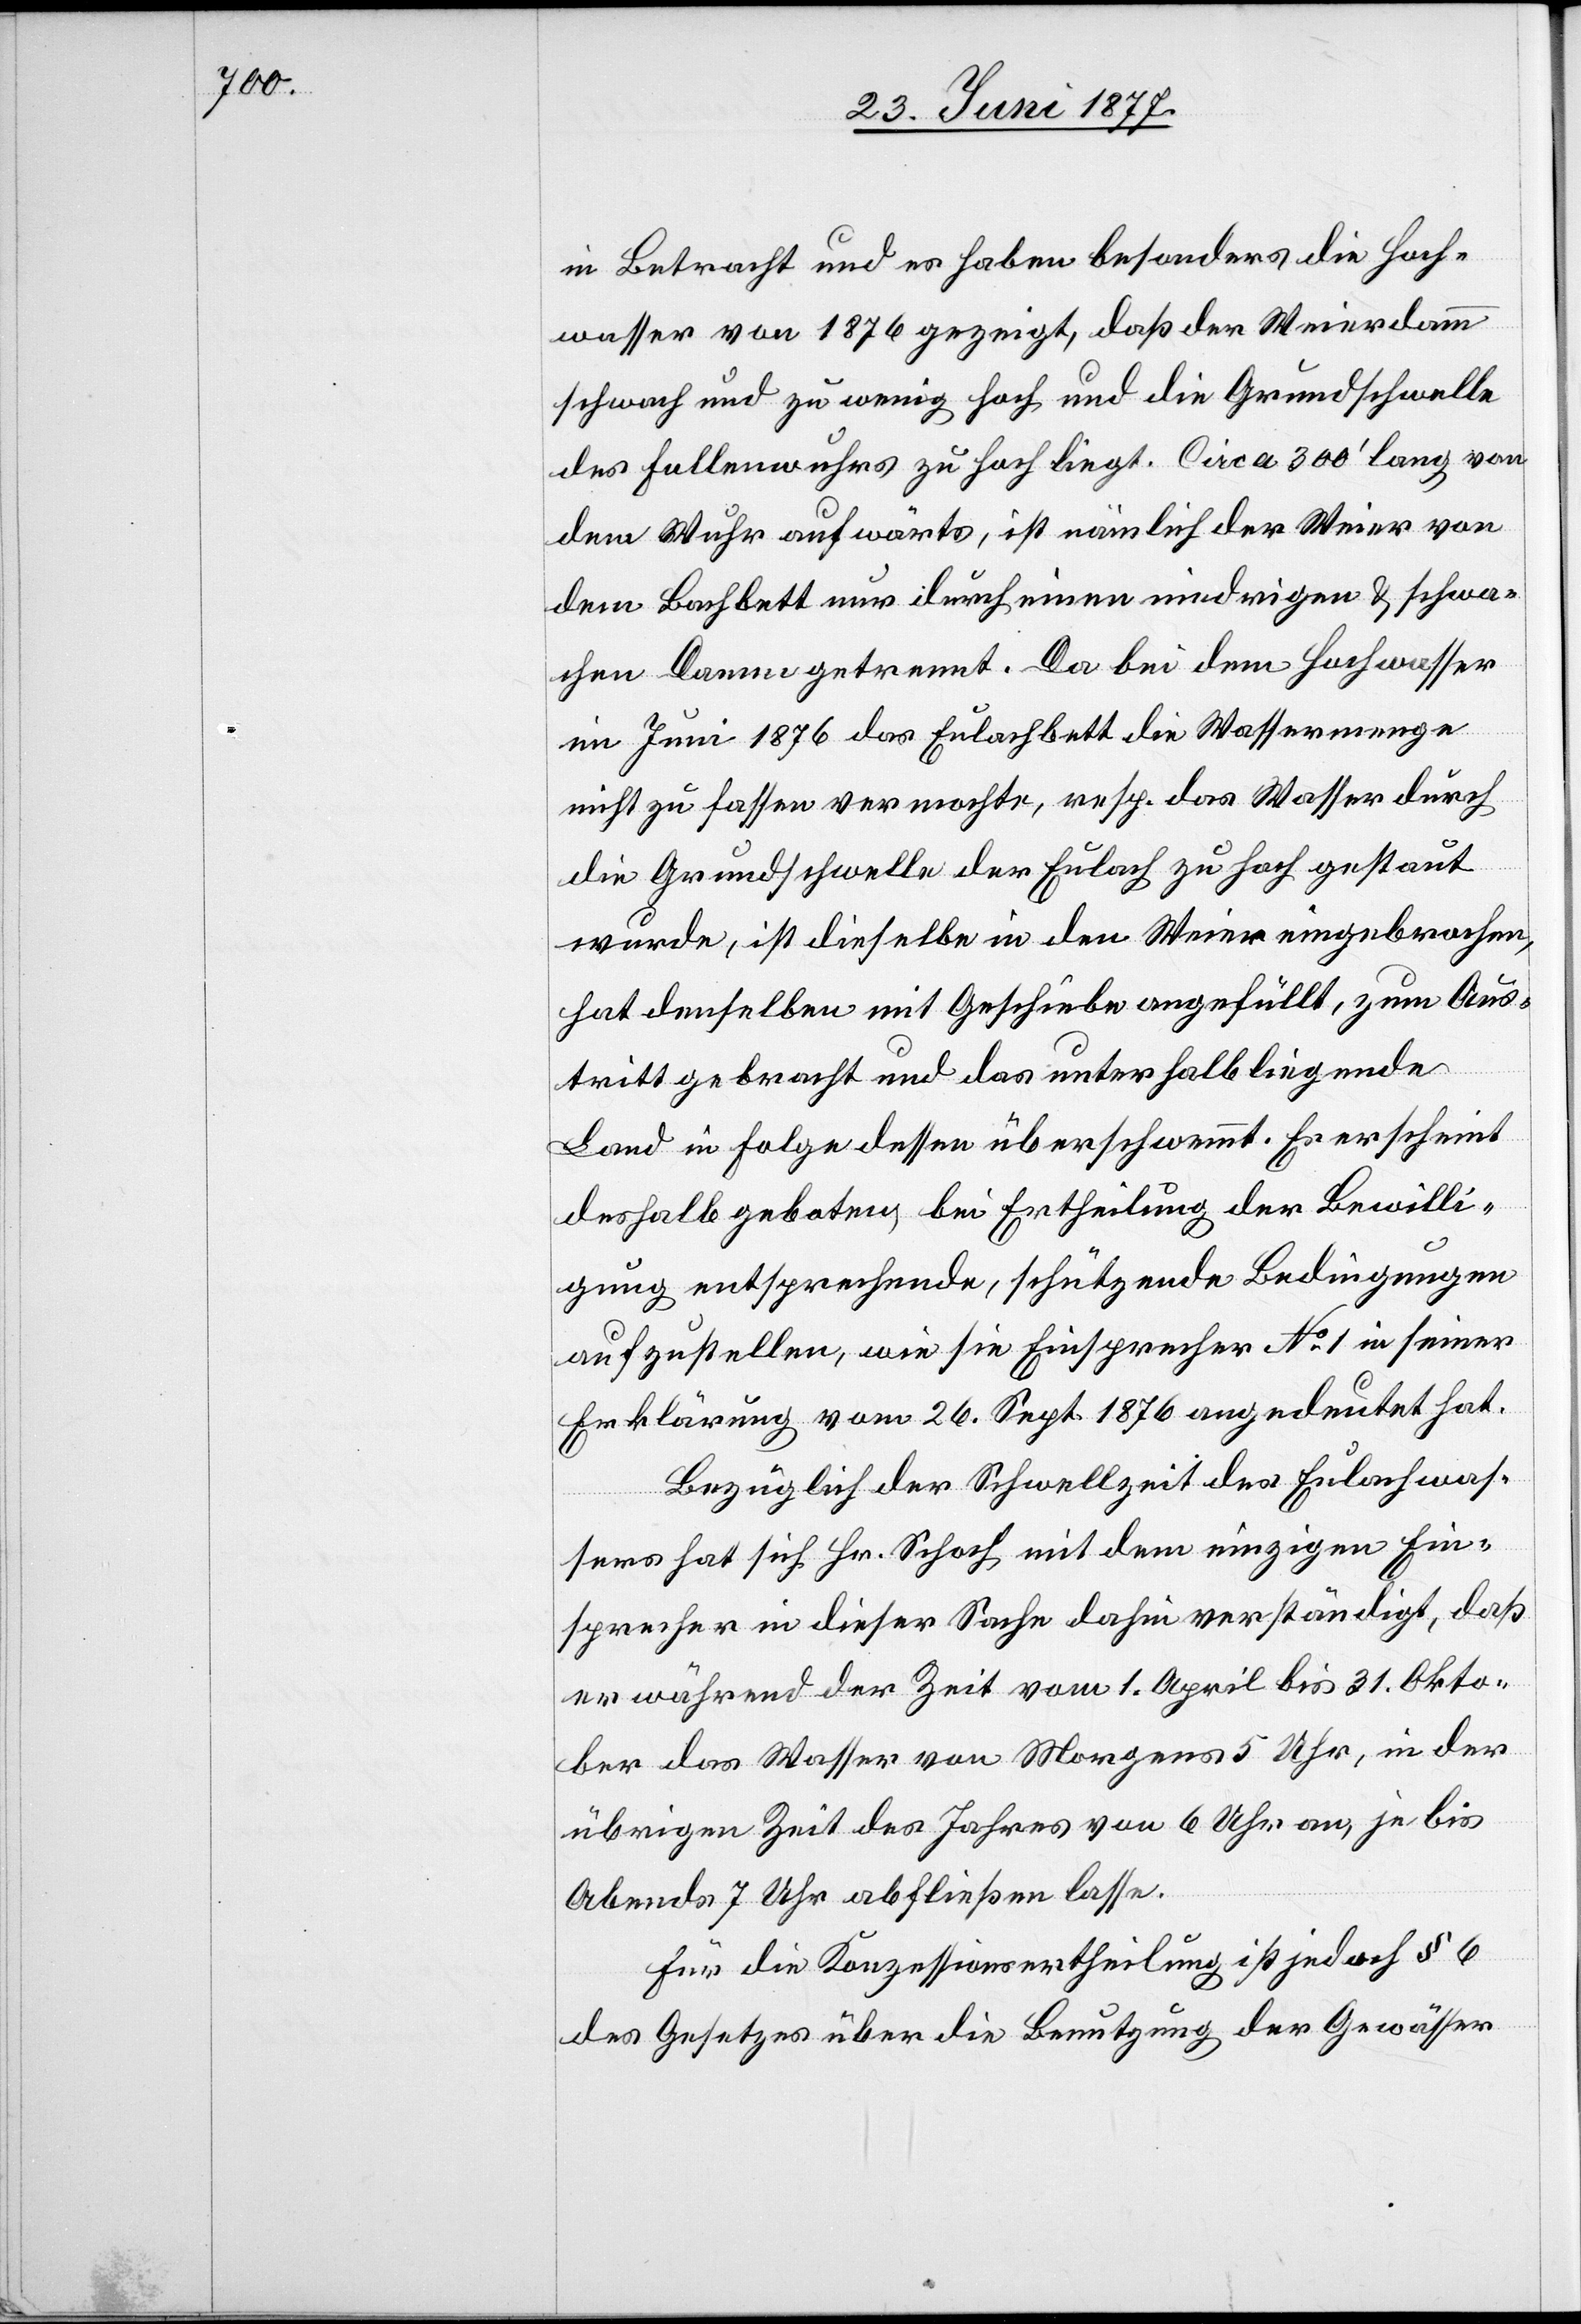
in Betracht und haben besonders die Hoch¬
wasser von 1876 gezeigt, daß der Weierdamm
schwach und zu wenig hoch und die Grundschwelle
des Fallenwuhres zu hoch liegt. Circa 300’ lang von
dem Wuhr aufwärts, ist nämlich der Weier von
dem Bachbett nur durch einen niedrigen & schwa¬
chen Damm getrennt. Da bei dem Hochwasser
im Juni 1876 das Eulachbett die Wassermenge
nicht zu fassen vermochte, resp. das Wasser durch
die Grundschwelle der Eulach zu hoch gestaut
wurde, ist dieselbe in den Weier eingebrochen,
hat denselben mit Geschiebe angefüllt, zum Aus¬
tritt gebracht und das unterhalb liegende
Land in Folge dessen überschwemmt. Es erscheint
deshalb geboten, bei Ertheilung der Bewilli¬
gung entsprechende, schützende Bestimmungen
aufzustellen, wie sie Einsprecher No 1 in seiner
Erklärung vom 26. Sept. 1876 angedeutet hat.
Bezüglich der Schwellzeit des Eulachwas¬
sers hat sich Hr. Schoch mit dem einzigen Ein¬
sprecher in dieser Sache dahin verständigt, daß
er während der Zeit vom 1. April bis 31. Okto¬
ber das Wasser von Morgens 5 Uhr, in der
übrigen Zeit des Jahres von 6 Uhr an, je bis
Abends 7 Uhr abfließen lasse.
Für die Konzessionsertheilung ist jedoch § 6
des Gesetzes über die Benutzung der Gewässer